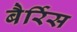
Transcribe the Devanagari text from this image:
बैर्रिस